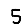
Digit: 5